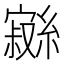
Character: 𱚖